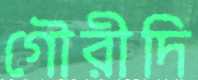
গৌরীদি